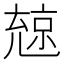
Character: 𠒨